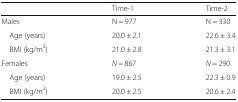
<table><thead><tr><td></td><td><b>Time-1</b></td><td><b>Time-2</b></td></tr></thead><tbody><tr><td>Males</td><td>N = 977</td><td>N = 330</td></tr><tr><td> Age (years)</td><td>20.0 ± 2.1</td><td>22.6 ± 3.4</td></tr><tr><td> BMI (kg/m<sup>2</sup>)</td><td>21.0 ± 2.8</td><td>21.3 ± 3.1</td></tr><tr><td>Females</td><td><i>N</i> = 867</td><td><i>N</i> = 290</td></tr><tr><td> Age (years)</td><td>19.0 ± 2.5</td><td>22.3 ± 0.9</td></tr><tr><td> BMI (kg/m<sup>2</sup>)</td><td>20.0 ± 2.5</td><td>20.6 ± 2.4</td></tr></tbody></table>